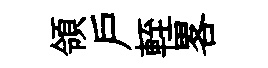
領戸輊畧